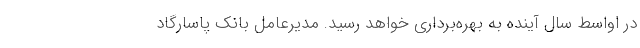
در اواسط سال آینده به بهره‌برداری خواهد رسید. مدیرعامل بانك پاسارگاد